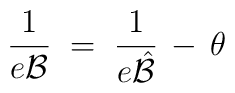
\frac{1}{e {\mathcal B}} \;=\; \frac{1}{e {\hat{\mathcal B}}} \,-\,\theta